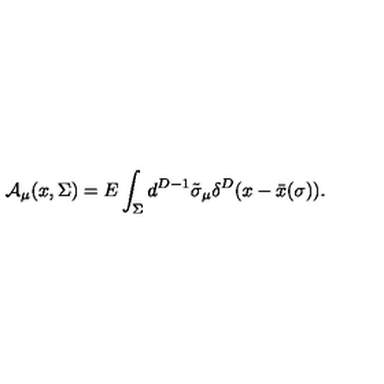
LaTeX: { \cal A } _ { \mu } ( x , \Sigma ) = E \int _ { \Sigma } d ^ { D - 1 } \tilde { \sigma } _ { \mu } \delta ^ { D } ( x - \bar { x } ( \sigma ) ) .